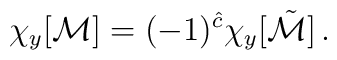
\chi_y[{\cal M}]=(-1)^{\hat c}\chi_y[\tilde{\cal M}]\,.